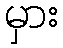
မှား